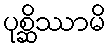
ပုစ္ဆိဿာမိ